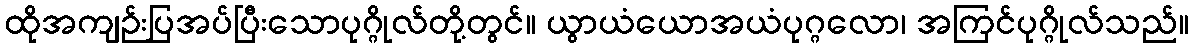
ထိုအကျဉ်းပြအပ်ပြီးသောပုဂ္ဂိုလ်တို့တွင်။ ယွာယံယောအယံပုဂ္ဂလော၊ အကြင်ပုဂ္ဂိုလ်သည်။